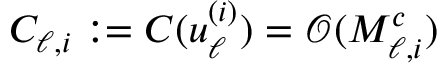
C _ { \ell , i } : = C ( u _ { \ell } ^ { ( i ) } ) = \mathcal { O } ( M _ { \ell , i } ^ { c } )